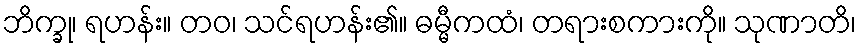
ဘိက္ခု၊ ရဟန်း။ တဝ၊ သင်ရဟန်း၏။ ဓမ္မီကထံ၊ တရားစကားကို။ သုဏာတိ၊